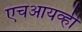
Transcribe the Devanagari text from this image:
एचआयव्ही